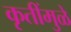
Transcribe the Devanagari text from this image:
कृतींमुळे